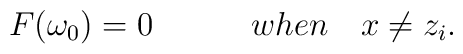
F(\omega _0)=0\quad \quad \quad when\quad x\neq z_i.